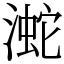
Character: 㵃